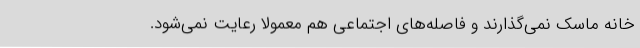
خانه ماسک نمی‌گذارند و فاصله‌های اجتماعی هم معمولاً رعایت نمی‌شود.